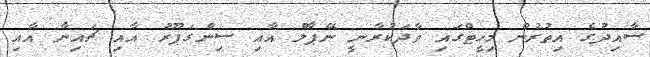
ސާއިދުގެ އިތުރުން މިހީޓްގައި ވާދަކުރާނީ ނޭޕާލް އާއި ސިންގަޕޫރު އާއި ޗައިނާ އާއި